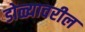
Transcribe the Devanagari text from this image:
डोळ्यावरील